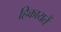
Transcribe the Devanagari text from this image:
हिकायतें